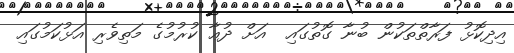
އިދިކޮޅު ފަރާތްތަކުން ބުނާ ގޮތުގައި  އަށް ދުޢާ ކުރުމުގެ މަތިވެރި އަޅުކަމުގައި